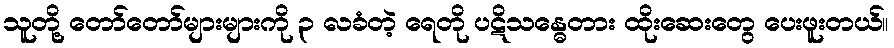
သူတို့ တော်တော်များများကို ၃ လခံတဲ့ ရေတို ပဋိသန္ဓေတား ထိုးဆေးတွေ ပေးဖူးတယ်။